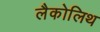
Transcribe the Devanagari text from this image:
लैकोलिथ